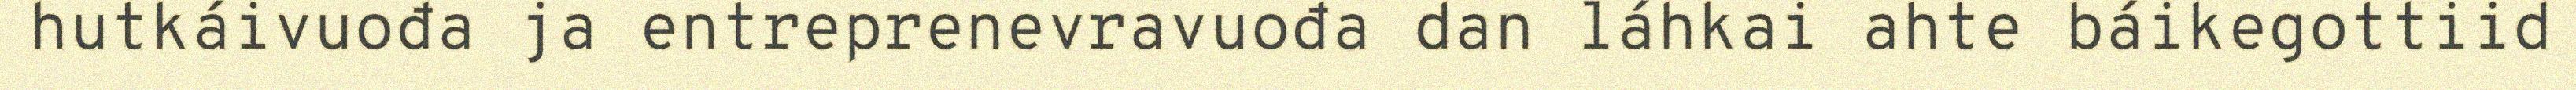
hutkáivuođa ja entreprenevravuođa dan láhkai ahte báikegottiid